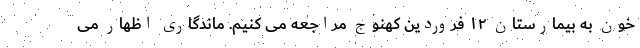
خون به بیمارستان ۱۲ فروردین کهنوج مراجعه می کنیم. ماندگاری اظهار می